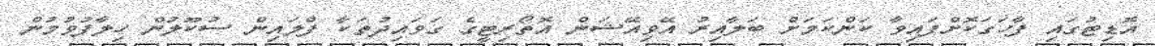
އޮޑިޓުގައި ފާހަގަކޮށްފައިވާ ކަންކަމަށް ބަލާއިރު އޭވިއޭޝަން އޮތޯރިޓީގެ ގަވައިދުތަކާ ފްލައިން ސުކޫލުން ހިލާފުވުމުން